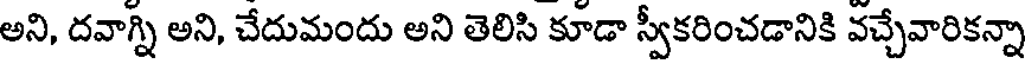
అని, దవాగ్ని అని, చేదుమందు అని తెలిసి కూడా స్వీకరించడానికి వచ్చేవారికన్నా